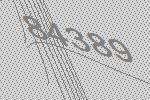
84389